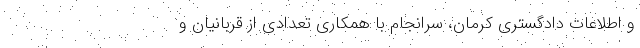
و اطلاعات دادگستری کرمان، سرانجام با همکاری تعدادی از قربانیان و